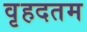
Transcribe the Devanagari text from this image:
वृहदतम